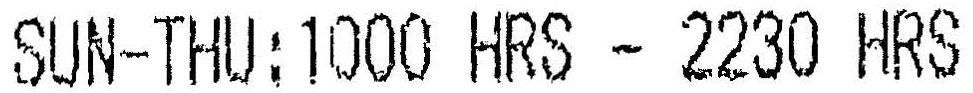
SUN-THU:1000 HRS - 2230 HRS